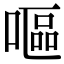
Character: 嘔